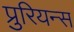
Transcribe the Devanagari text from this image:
प्रुरियन्स